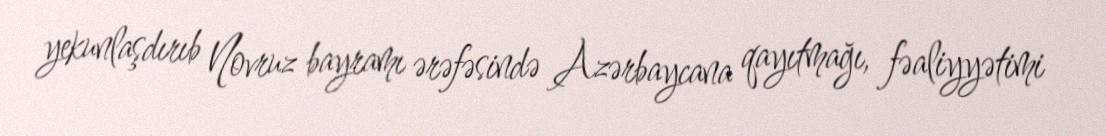
yekunlaşdırıb Novruz bayramı ərəfəsində Azərbaycana qayıtmağı, fəaliyyətimi